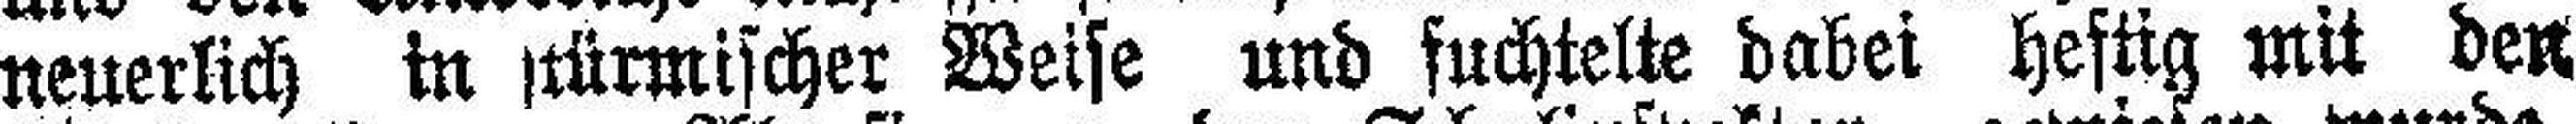
neuerlich in stürmischer Weise und fuchtelte dabei heftig mit den